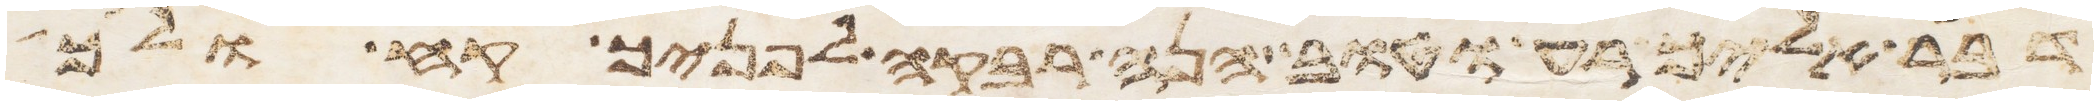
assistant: דבר אליך רע וטוב הנה רבקה לפניך קח ולך